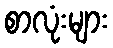
စာလုံးများ